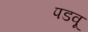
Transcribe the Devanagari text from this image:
पडवू